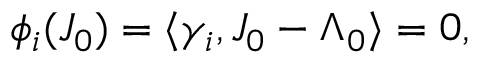
\phi _ { i } ( J _ { 0 } ) = \langle \gamma _ { i } , J _ { 0 } - \Lambda _ { 0 } \rangle = 0 ,